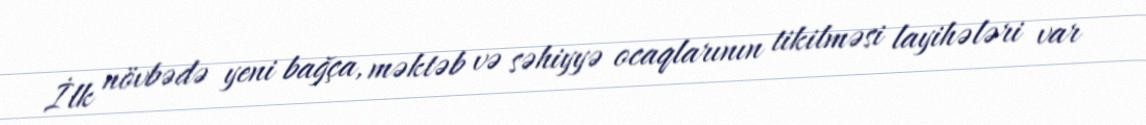
İlk növbədə yeni bağça, məktəb və səhiyyə ocaqlarının tikilməsi layihələri var